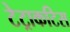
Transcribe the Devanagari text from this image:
टेट्राकटिस